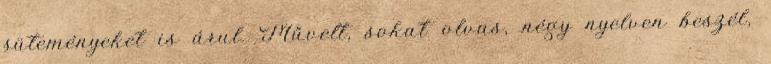
süteményeket is árul. Művelt, sokat olvas, négy nyelven beszél,